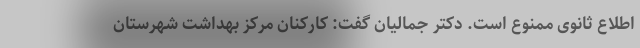
اطلاع ثانوی ممنوع است. دکتر جمالیان گفت: کارکنان مرکز بهداشت شهرستان